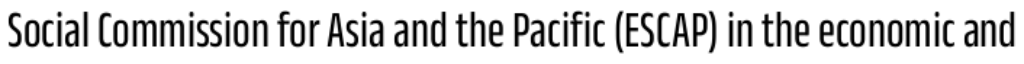
Social Commission for Asia and the Pacific (ESCAP) in the economic and